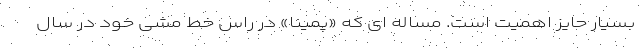
بسیار حایز اهمیت است. مساله ای که «پمینا» در راس خط مشی خود در سال